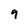
Character: 9